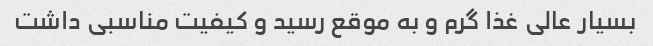
بسیار عالی غذا گرم و به موقع رسید و کیفیت مناسبی داشت